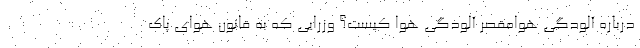
درباره آلودگی هوامقصر آلودگی هوا کیست؟ وزرایی که به قانون هوای پاک